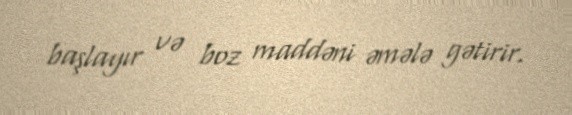
başlayır və boz maddəni əmələ gətirir.